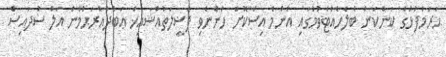
ޙަރަމްފުޅުގެ ކަންކަން ބެލެހެއްޓެވުމުގައި އެންމެ އިސްކޮށް ހުންނެވި ފަޟީލަތުއްޝައިޚް ޢަބްދުއްރަޙްމާން އަލް ސުދައިސް